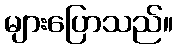
များပြောသည်။